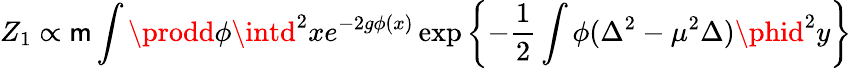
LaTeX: Z_{1}\propto\mathsf{m}\int\prodd\phi\intd^{2}xe^{-2g\phi(x)}\exp\left\{ -\frac{{1}}{{2}}\int\phi(\Delta^{2}-\mu^{2}\Delta)\phid^{2}y\right\}